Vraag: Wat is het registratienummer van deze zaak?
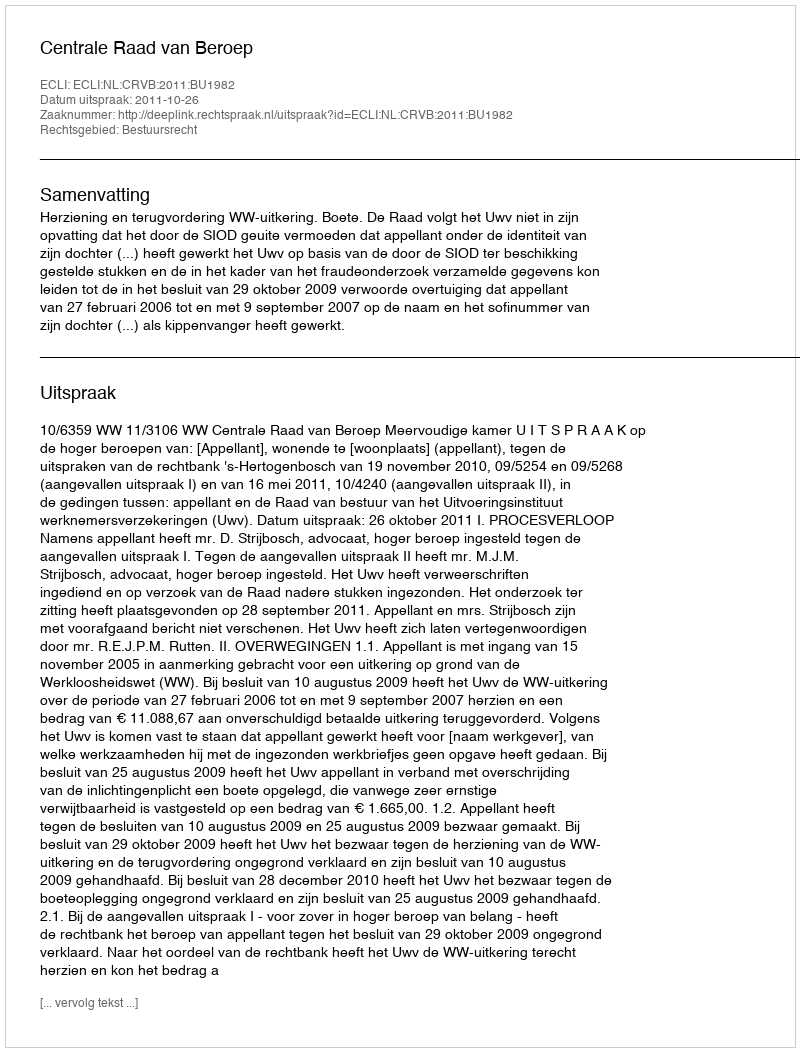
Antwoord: http://deeplink.rechtspraak.nl/uitspraak?id=ECLI:NL:CRVB:2011:BU1982